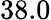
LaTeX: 38.0